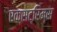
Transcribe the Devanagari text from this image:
एक्सट्रिम्स